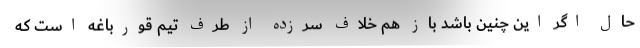
حال اگر این چنین باشد باز هم خلاف سرزده از طرف تیم قورباغه است که